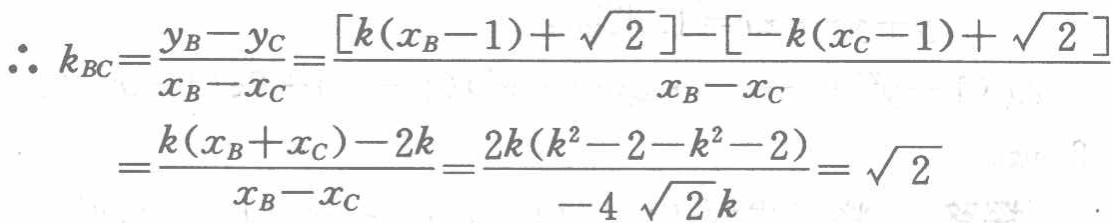
\[\begin{align*}
\therefore k_{BC}&=\frac{y_{B}-y_{C}}{x_{B}-x_{C}}=\frac{[k(x_{B}-1)+\sqrt{2}]-[-k(x_{C}-1)+\sqrt{2}]}{x_{B}-x_{C}}\\
&=\frac{k(x_{B}+x_{C})-2k}{x_{B}-x_{C}}=\frac{2k(k^{2}-2 - k^{2}-2)}{-4\sqrt{2}k}=\sqrt{2}
\end{align*}\]